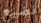
نضيع